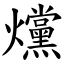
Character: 爣